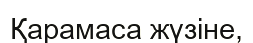
Қарамаса жүзіне,